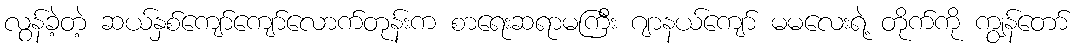
လွန်ခဲ့တဲ့ ဆယ်နှစ်ကျော်ကျော်လောက်တုန်းက စာရေးဆရာမကြီး ဂျာနယ်ကျော် မမလေးရဲ့ တိုက်ကို ကျွန်တော်